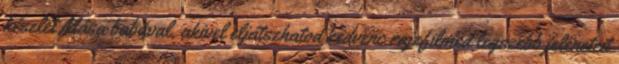
készlet Mása babával, akivel eljátszhatod kedvenc rajzfilmed legszebb jeleneteit